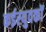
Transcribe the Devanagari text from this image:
कईस्युवकों